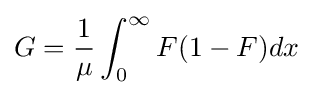
G={1 \over {\mu }}\int _{0}^{\infty }F(1-F)dx